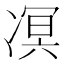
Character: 凕